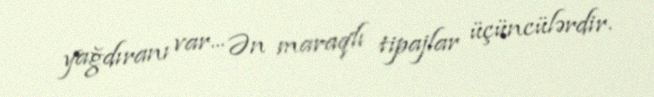
yağdıranı var... Ən maraqlı tipajlar üçüncülərdir.